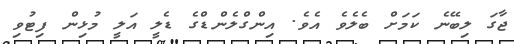
ޖާގަ ލިބޭނެ ކަމަށް ބެލެވެ އެވެ. އިންގްލެންޑްގެ ޑެލީ އަލީ މުޅިން ފިޓުވި